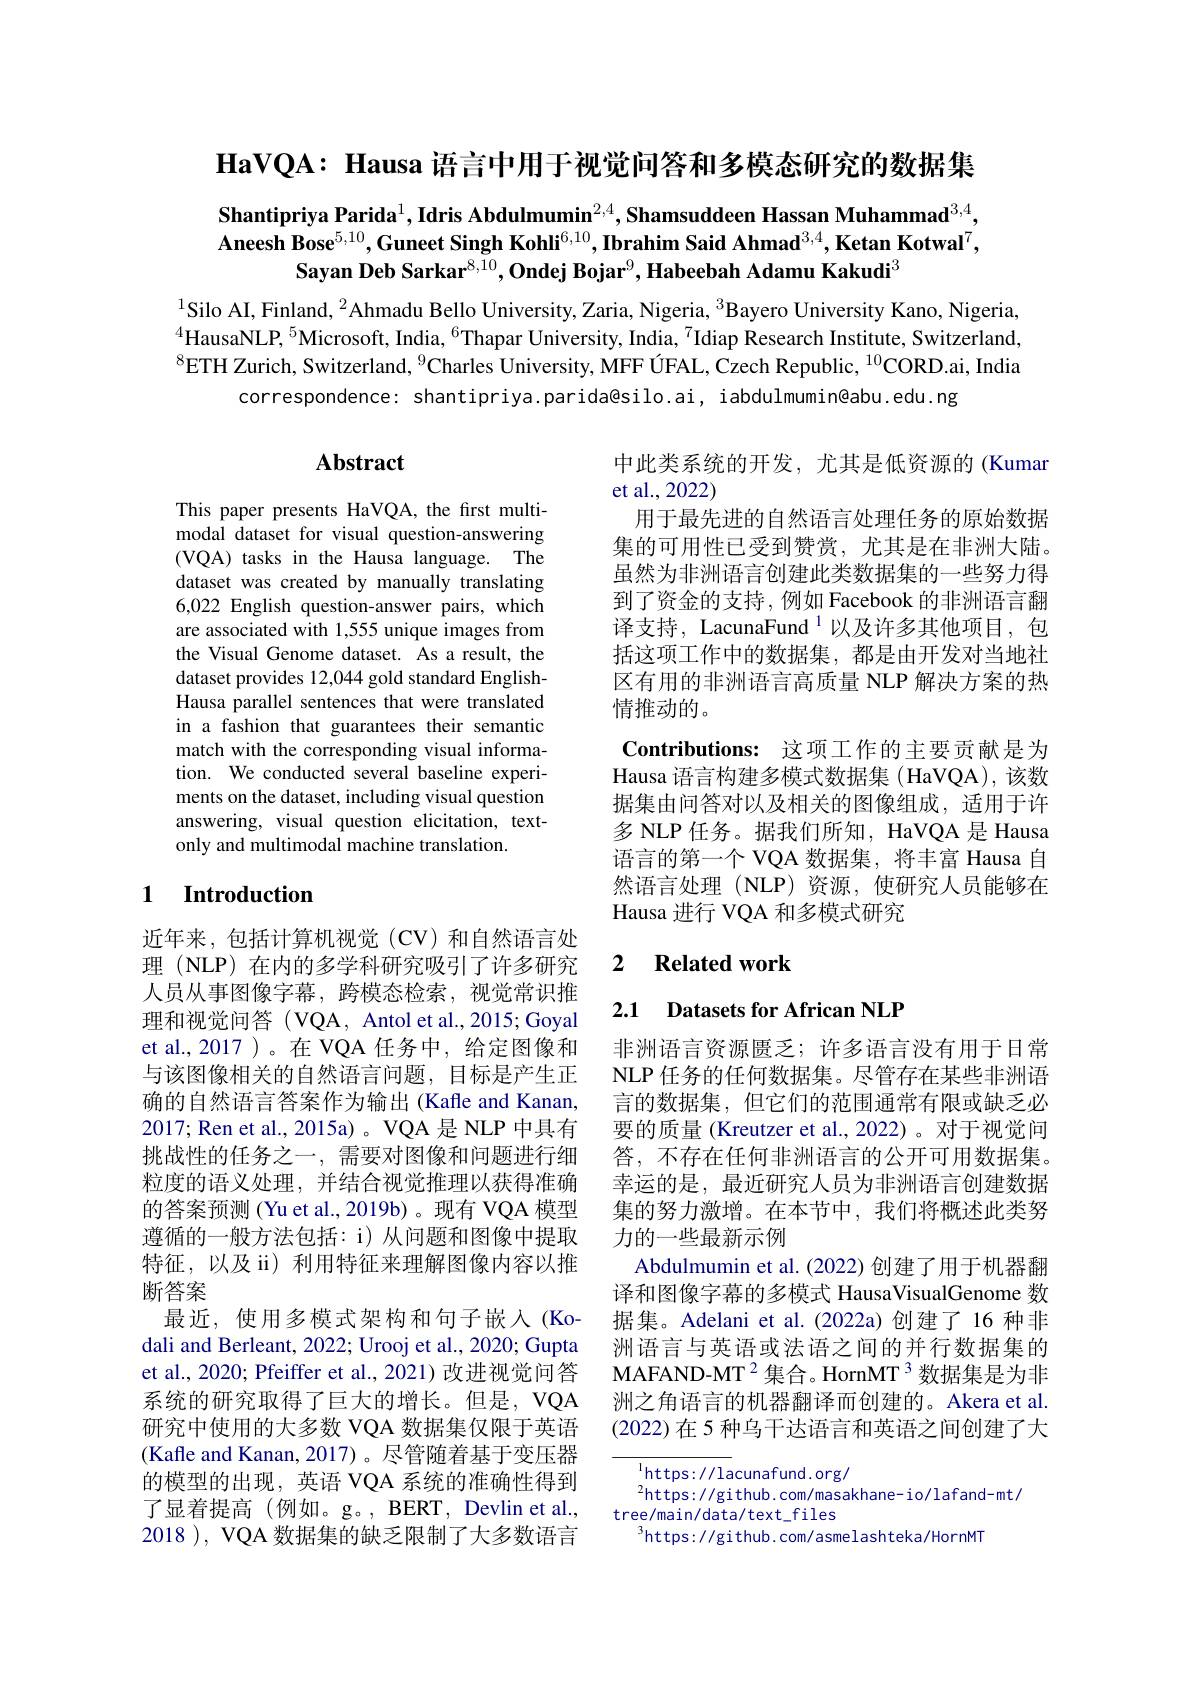
$\textbf{HaVQA: Hausa 语 言 中 用 于 视 觉 问 答 和 多 模 态 研 究 的 数 据 集 }$

Shantipriya Parida$^1$,Idris Abdulmumin$^{2,4},\textbf{Shamsuddeen Hassan Muhammad}^{3,4}$, Aneesh Bose$^5,10,\textbf{Guneet Singh Kohli}^{6,10},\textbf{Ibrahim Said Ahmad}^{3,4},\textbf{Ketan Kotwal}^7$,
Sayan Deb Sarkar$^8,10,\textbf{Ondej Bojar}^9,\textbf{Habeebah Adamu Kakudi}^3$

$^{1}$Silo AI, Finland, $^2$Ahmadu Bello University, Zaria, Nigeria, $^3$Bayero University Kano, Nigeria, $^{4}$HausaNLP,$^{5}$Microsoft, India,$^{6}$Thapar University, India,$^{7}$Idiap Research Institute, Switzerland, $^{8}$ETH Zurich, Switzerland, $^9$Charles University, MFF ÚFAL, Czech Republic, $^{10}$CORD.ai, India
correspondence: shantipriya.parida@silo.ai, iabdulmumin@abu.edu.ng

## Abstract

This paper presents HaVQA, the first multimodal dataset for visual question-answering (VQA) tasks in the Hausa language. The dataset was created by manually translating 6,022 English question-answer pairs, which are associated with 1,555 unique images from the Visual Genome dataset. As a result, the dataset provides 12,044 gold standard EnglishHausa parallel sentences that were translated in a fashion that guarantees their semantic match with the corresponding visual information. We conducted several baseline experiments on the dataset, including visual question answering, visual question elicitation, textonly and multimodal machine translation.

中此类系统的开发，尤其是低资源的(Kumar
et al.,2022)
用于最先进的自然语言处理任务的原始数据集的可用性已受到赞赏，尤其是在非洲大陆。虽然为非洲语言创建此类数据集的一些努力得到了资金的支持，例如 Facebook 的非洲语言翻译支持，LacunaFund $^{1}$以及许多其他项目，包括这项工作中的数据集，都是由开发对当地社区有用的非洲语言高质量 NLP 解决方案的热情推动的。
Contributions: 这项工作的主要贡献是为Hausa 语言构建多模式数据集 ( HaVQA), 该数据集由问答对以及相关的图像组成，适用于许多 NLP 任务。据我们所知，HaVQA 是 Hausa 语言的第一个 VQA 数据集，将丰富 Hausa 自然语言处理(NLP)资源，使研究人员能够在Hausa 进行 VQA 和多模式研究

### 1 $\textbf{Introduction}$

## 2 Related work

2.1 Datasets for African NLP

非洲语言资源匮乏；许多语言没有用于日常NLP 任务的任何数据集。尽管存在某些非洲语言的数据集，但它们的范围通常有限或缺乏必要的质量 (Kreutzer et al., 2022)。对于视觉问答，不存在任何非洲语言的公开可用数据集。幸运的是，最近研究人员为非洲语言创建数据集的努力激增。在本节中，我们将概述此类努力的一些最新示例
Abdulmumin et al. (2022) 创建了用于机器翻译和图像字幕的多模式 HausaVisualGenome 数据集。Adelani et al.(2022a)创建了 16 种非洲语言与英语或法语之间的并行数据集的MAFAND-MT$^{2}$集合。HornMT$^{3}$数据集是为非洲之角语言的机器翻译而创建的。Akera et al. (2022)在 5 种乌干达语言和英语之间创建了大

近年来，包括计算机视觉(CV)和自然语言处理 (NLP) 在内的多学科研究吸引了许多研究人员从事图像字幕，跨模态检索，视觉常识推理和视觉问答 (VQA, Antol et al., 2015; Goyal et al.,2017 )。在 VQA 任务中，给定图像和与该图像相关的自然语言问题，目标是产生正确的自然语言答案作为输出(Kafle and Kanan, 2017; Ren et al., 2015a)。VQA 是 NLP 中具有挑战性的任务之一，需要对图像和问题进行细粒度的语义处理，并结合视觉推理以获得准确的答案预测 (Yu et al.,2019b)。现有 VQA 模型遵循的一般方法包括：i) 从问题和图像中提取特征，以及 ii) 利用特征来理解图像内容以推断答案
最近，使用多模式架构和句子嵌入(Kodali and Berleant, 2022; Urooj et al., 2020; Gupta et al., 2020; Pfeiffer et al., 2021) 改进视觉问答系统的研究取得了巨大的增长。但是，VQA 研究中使用的大多数 VQA 数据集仅限于英语(Kafle and Kanan, 2017)。尽管随着基于变压器的模型的出现，英语 VQA 系统的准确性得到了显着提高(例如。g。, BERT, Devlin et al., 2018 ), VQA数据集的缺乏限制了大多数语言

$^{1}$https://lacunafund.org/
$^{2}$https://github.com/masakhane-io/lafand-mt/
tree/main/data/text_files
$^3$https://github.com/asmelashteka/HornMT